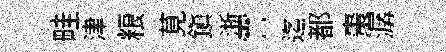
畦津粮莧鎮浙霅迄都棗潺